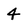
Character: 4